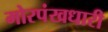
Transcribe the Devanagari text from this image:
मोरपंखधारी